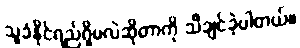
သူခံနိုင်ရည်ရှိမလဲဆိုတာကို သိချင်ခဲ့ပါတယ်။